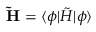
\mathbf { \tilde { H } } = \langle \boldsymbol { \phi } | \tilde { H } | \boldsymbol { \phi } \rangle